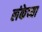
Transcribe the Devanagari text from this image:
लंकेच्या